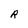
Character: R